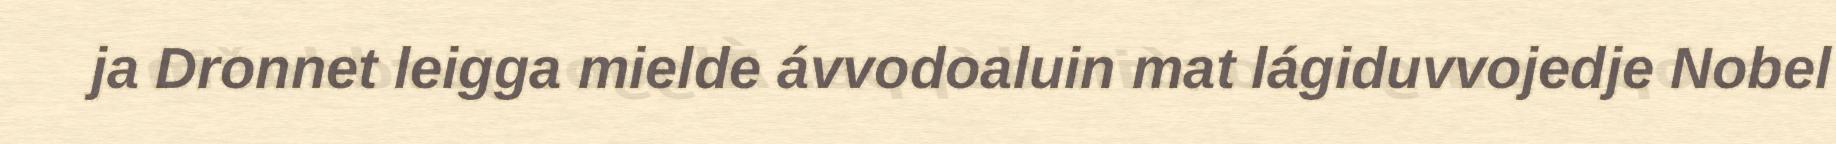
ja Dronnet leigga mielde ávvodoaluin mat lágiduvvojedje Nobel